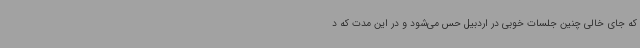
که جای خالی چنین جلسات خوبی در اردبیل حس می‌شود و در این مدت که د